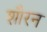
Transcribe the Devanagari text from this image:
शौरन